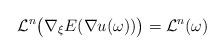
LaTeX: \begin{align*}\mathcal L^n\big(\nabla _\xi E(\nabla u(\omega))\big) =\mathcal L^n(\omega)\end{align*}